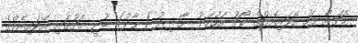
މެޗަށް ފަހު އޭވައިއެލްގެ ކޯޗު އަހުމަދު ނާޝިދު (ނާދު) ބުނީ މެޗުގައި އޭވައިއެލްގެ